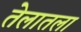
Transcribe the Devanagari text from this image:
तेलातला